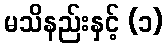
မသိနည်းနှင့် (၁)